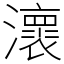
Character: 瀤